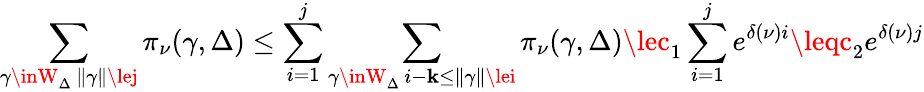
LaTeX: \sum_{\substack{\gamma\inW_{\Delta}\, \| \gamma\| \lej}}\pi_{\nu}(\gamma,\Delta)\le\sum_{i=1}^{j}\sum_{\substack{\gamma\inW_{\Delta}\, i-\mathbf{k}\le\| \gamma\| \lei}}\pi_{\nu}(\gamma,\Delta)\lec_{1}\sum_{i=1}^{j}e^{\delta(\nu)i}\leqc_{2}e^{\delta(\nu)j}